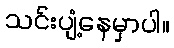
သင်းပျံ့နေမှာပါ။